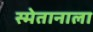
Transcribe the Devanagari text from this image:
स्मेतानाला